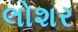
લોશર